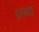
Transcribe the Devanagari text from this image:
कसबही